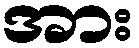
အား